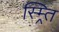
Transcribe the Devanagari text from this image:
स्म्र्ति